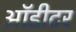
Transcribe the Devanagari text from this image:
ऑडीटर